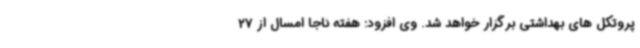
پروتکل های بهداشتی برگزار خواهد شد. وی افزود: هفته ناجا امسال از 27